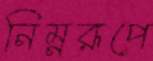
নিম্নরূপে